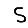
Digit: 5